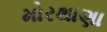
મોરથાણા